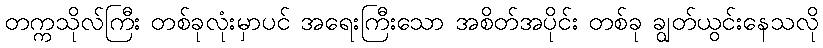
တက္ကသိုလ်ကြီး တစ်ခုလုံးမှာပင် အရေးကြီးသော အစိတ်အပိုင်း တစ်ခု ချွတ်ယွင်းနေသလို